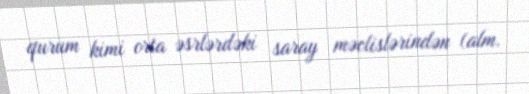
qurum kimi orta əsrlərdəki saray məclislərindən (alm.